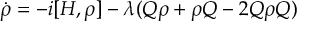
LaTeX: \dot { \rho } = - i [ H , \rho ] - \lambda ( Q \rho + \rho Q - 2 Q \rho Q )